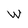
Character: W